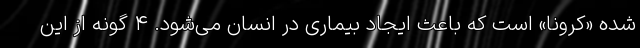
شده «کرونا» است که باعث ایجاد بیماری در انسان می‌شود. ۴ گونه از این